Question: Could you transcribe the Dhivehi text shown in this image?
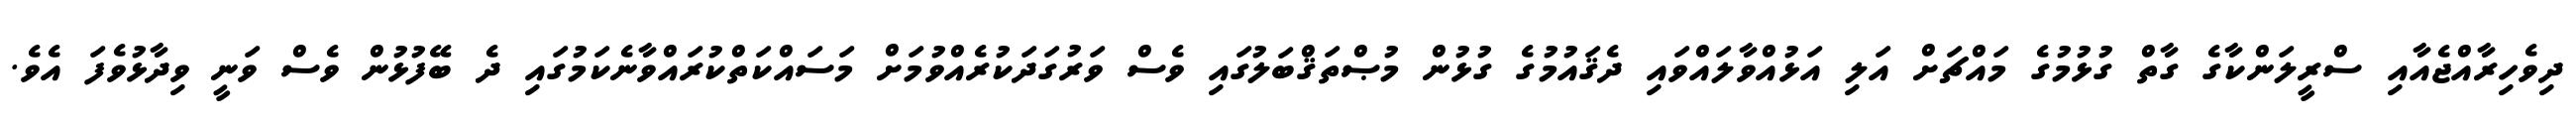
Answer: ދިވެހިރާއްޖެއާއި ސްރީލަންކާގެ ގާތް ގުޅުމުގެ މައްޗަށް އަލި އަޅުއްވާލައްވައި ދެޤައުމުގެ ގުޅުން މުޞްތަޤްބަލުގައި ވެސް ވަރުގަދަކުރެއްވުމަށް މަސައްކަތްކުރައްވާނެކަމުގައި ދެ ބޭފުޅުން ވެސް ވަނީ ވިދާޅުވެފަ އެވެ.